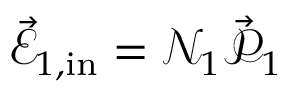
\vec { \mathcal { E } } _ { 1 , \mathrm { { i n } } } = \mathcal { N } _ { 1 } \vec { \mathcal { P } } _ { 1 }